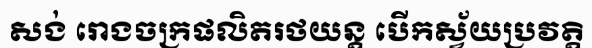
សង់ រោងចក្រផលិតរថយន្ត បើកស្វ័យប្រវត្តិ